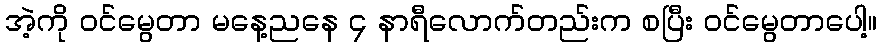
အဲ့ကို ဝင်မွေတာ မနေ့ညနေ ၄ နာရီလောက်တည်းက စပြီး ဝင်မွေတာပေါ့။